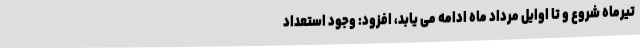
تیرماه شروع و تا اوایل مرداد ماه ادامه می یابد، افزود: وجود استعداد